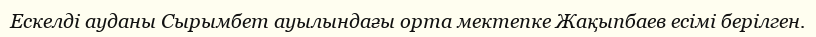
Ескелді ауданы Сырымбет ауылындағы орта мектепке Жақыпбаев есімі берілген.